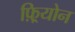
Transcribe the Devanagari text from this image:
फ़्रियोन